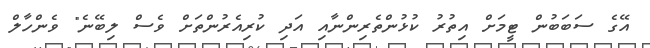
އޭގެ ސަބަބުން ޓީމަށް އިތުރު ކުޅުންތެރިންނާއި އަދި ކުރިއެރުންތަށް ވެސް ލިބޭނެ" ވެންހާލް